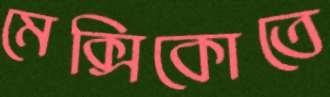
মেক্সিকোতে